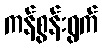
ကန်စွန်းရွက်